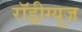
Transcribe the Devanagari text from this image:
राॅड्रीग्युज़